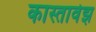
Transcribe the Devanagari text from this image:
कास्तावेझ